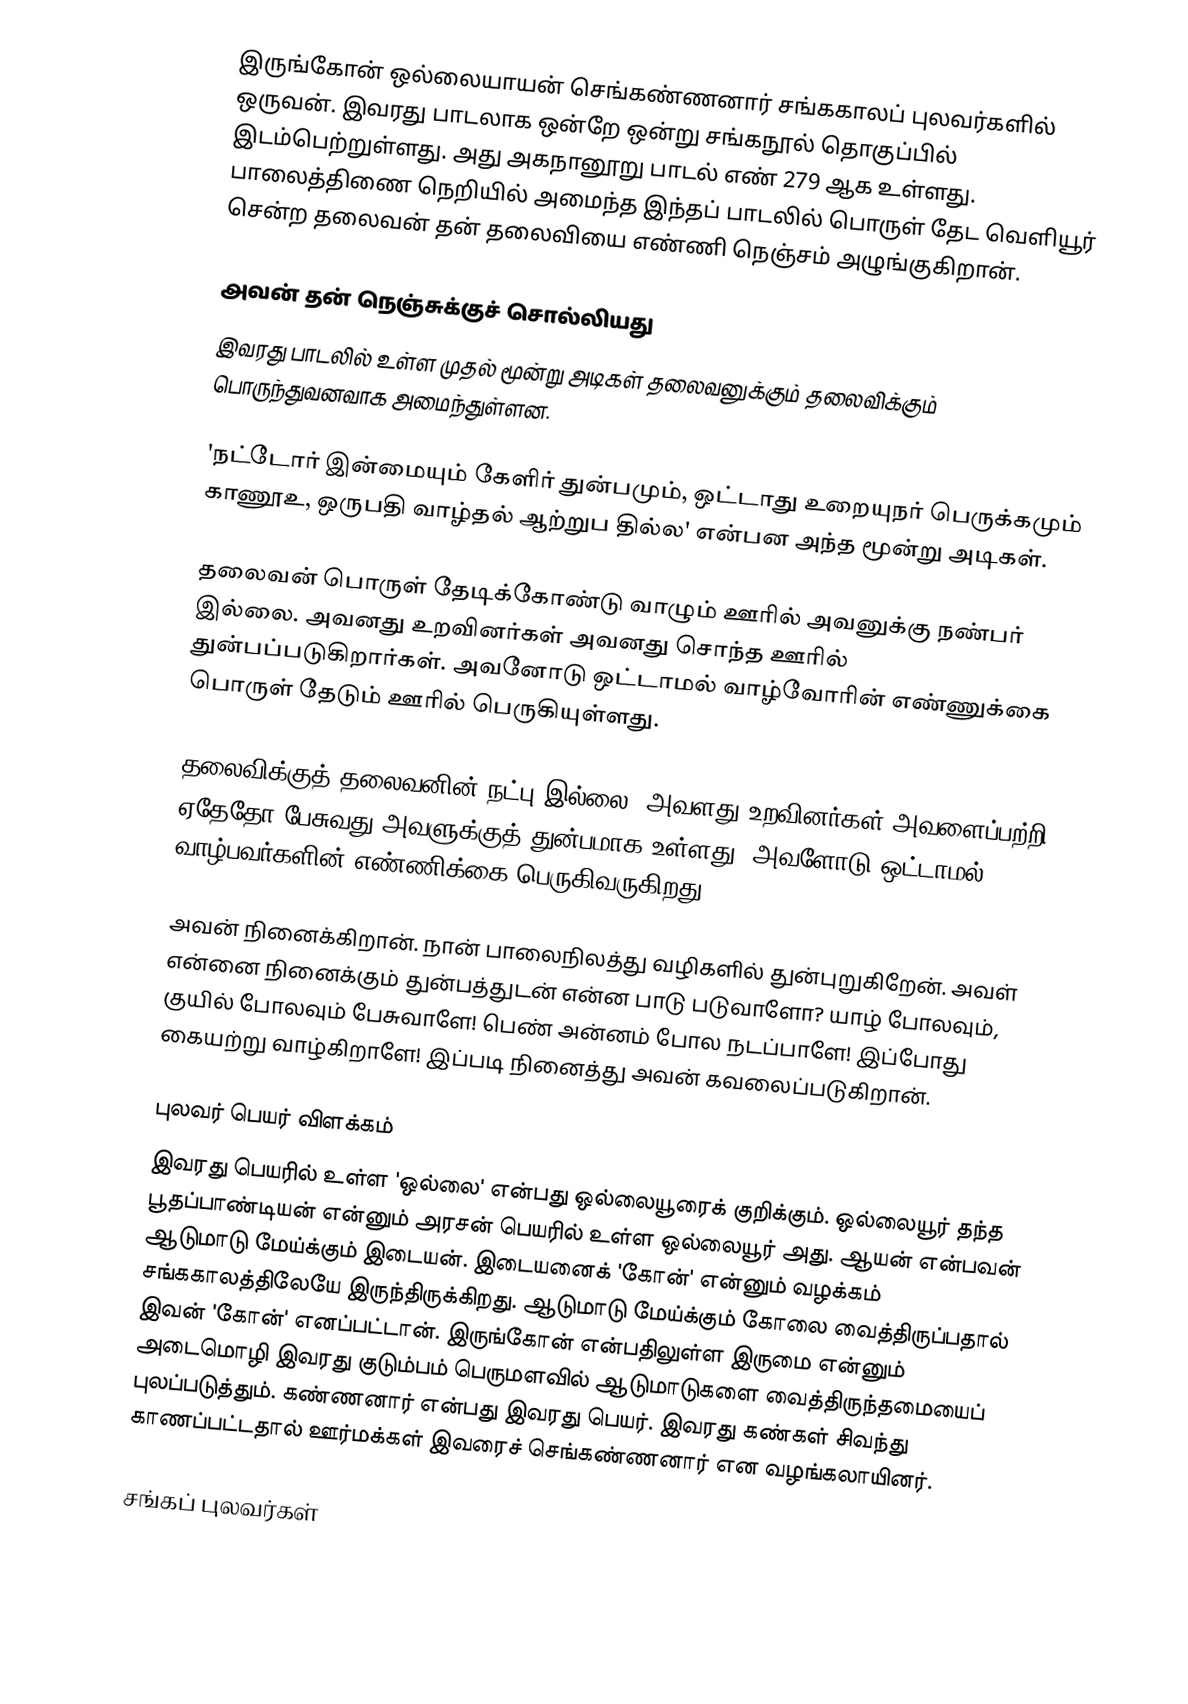
இருங்கோன் ஒல்லையாயன் செங்கண்ணனார் சங்ககாலப் புலவர்களில் ஒருவன். இவரது பாடலாக ஒன்றே ஒன்று சங்கநூல் தொகுப்பில் இடம்பெற்றுள்ளது. அது அகநானூறு பாடல் எண் 279 ஆக உள்ளது. பாலைத்திணை நெறியில் அமைந்த இந்தப் பாடலில் பொருள் தேட வெளியூர் சென்ற தலைவன் தன் தலைவியை எண்ணி நெஞ்சம் அழுங்குகிறான்.

அவன் தன் நெஞ்சுக்குச் சொல்லியது
இவரது பாடலில் உள்ள முதல் மூன்று அடிகள் தலைவனுக்கும் தலைவிக்கும் பொருந்துவனவாக அமைந்துள்ளன.

'நட்டோர் இன்மையும் கேளிர் துன்பமும், ஒட்டாது உறையுநர் பெருக்கமும் காணூஉ, ஒருபதி வாழ்தல் ஆற்றுப தில்ல' என்பன அந்த மூன்று அடிகள்.

தலைவன் பொருள் தேடிக்கோண்டு வாழும் ஊரில் அவனுக்கு நண்பர் இல்லை. அவனது உறவினர்கள் அவனது சொந்த ஊரில் துன்பப்படுகிறார்கள். அவனோடு ஒட்டாமல் வாழ்வோரின் எண்ணுக்கை பொருள் தேடும் ஊரில் பெருகியுள்ளது.

தலைவிக்குத் தலைவனின் நட்பு இல்லை. அவளது உறவினர்கள் அவளைப்பற்றி ஏதேதோ பேசுவது அவளுக்குத் துன்பமாக உள்ளது. அவளோடு ஒட்டாமல் வாழ்பவர்களின் எண்ணிக்கை பெருகிவருகிறது.

அவன் நினைக்கிறான். நான் பாலைநிலத்து வழிகளில் துன்புறுகிறேன். அவள் என்னை நினைக்கும் துன்பத்துடன் என்ன பாடு படுவாளோ? யாழ் போலவும், குயில் போலவும் பேசுவாளே! பெண் அன்னம் போல நடப்பாளே! இப்போது கையற்று வாழ்கிறாளே! இப்படி நினைத்து அவன் கவலைப்படுகிறான்.

புலவர் பெயர் விளக்கம்
இவரது பெயரில் உள்ள 'ஒல்லை' என்பது ஒல்லையூரைக் குறிக்கும். ஒல்லையூர் தந்த பூதப்பாண்டியன் என்னும் அரசன் பெயரில் உள்ள ஒல்லையூர் அது. ஆயன் என்பவன் ஆடுமாடு மேய்க்கும் இடையன். இடையனைக் 'கோன்' என்னும் வழக்கம் சங்ககாலத்திலேயே இருந்திருக்கிறது. ஆடுமாடு மேய்க்கும் கோலை வைத்திருப்பதால் இவன் 'கோன்' எனப்பட்டான். இருங்கோன் என்பதிலுள்ள இருமை என்னும் அடைமொழி இவரது குடும்பம் பெருமளவில் ஆடுமாடுகளை வைத்திருந்தமையைப் புலப்படுத்தும். கண்ணனார் என்பது இவரது பெயர். இவரது கண்கள் சிவந்து காணப்பட்டதால் ஊர்மக்கள் இவரைச் செங்கண்ணனார் என வழங்கலாயினர்.

சங்கப் புலவர்கள்